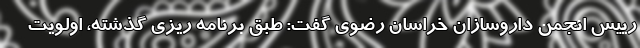
رییس انجمن داروسازان خراسان رضوی گفت: طبق برنامه ریزی گذشته، اولویت